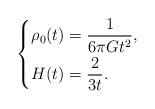
LaTeX: \begin{align*}\left\{\begin{aligned}&\rho_0(t)= \frac{1}{6\pi Gt^2},\\&H(t)=\frac{2}{3t}. \end{aligned}\right.\end{align*}